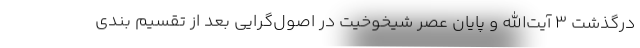
درگذشت 3 آیت‌الله و پایان عصر شیخوخیت در اصول‌گرایی بعد از تقسیم بندی